Vaccination in Bombay 1874-1876 - 1874-1876
Year: 1874
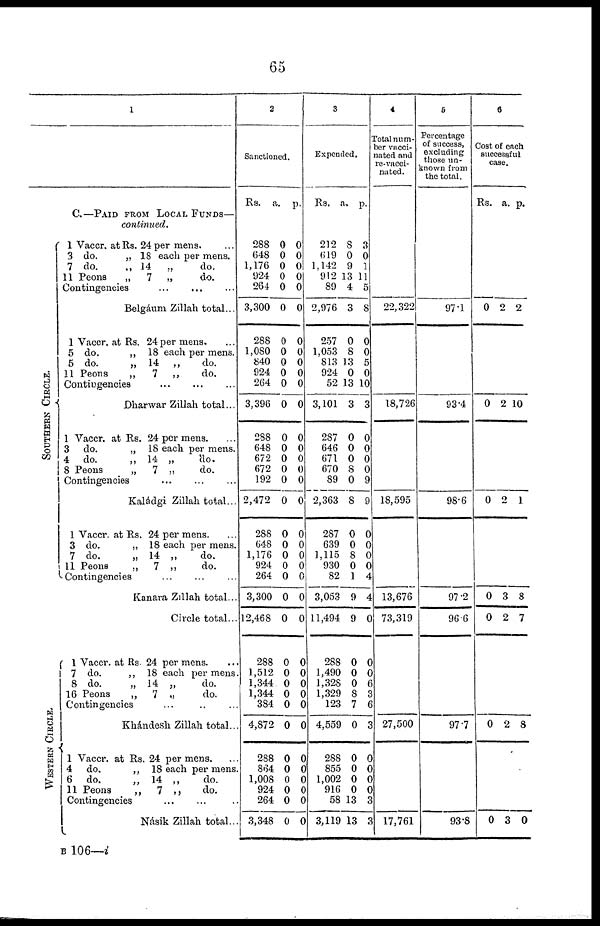
65
1
C.—PAID FROM LOCAL FUNDS—
continued.
SOUTHERN CIRCLE.
1 Vaccr. at Rs. 24 per mens.
3 do.
„ 18 each per mens.
7 do.
„ 14
„
do.
11 Peons
„
7 „
do.
Contingencies ... ... ...
Belgáum Zillah total...
1 Vaccr. at Rs. 24 per mens.
5 do.
„ 18 each per mens.
5 do.
„ 14 „
do.
11 Peons
„
7 „
do.
Contingencies
...
...
...
Dharwar Zillah total...
1 Vaccr. at Rs. 24 per mens.
3 do.
„ 18 each per mens.
4 do.
„ 14 „
do.
8 Peons
„
7 „
do.
Contingencies
Kaládgi Zillah total...
1 Vaccr. at Rs. 24 per mens.
3 do.
„ 18 each per mens.
7 do.
„ 14 „
do.
11 Peons
„
7 „
do.
Contingencies ... ... ...
Kanara Zillah total...
Circle total...
WESTERN CIRCLE.
1 Vaccr. at Rs. 24 per mens. ...
7 do.
„ 18 each per mens
8 do.
„ 14 „
do.
16 Peons
„
7 „
do.
Contingencies ... ... ...
Khándesh Zillah total..
1 Vaccr. at Rs. 24 per mens.
4 do.
„ 18 each per mens
6 do,
„ 14 „
do.
11 Peons
„
7 „
do.
Contingencies
...
...
...
Násik Zillah total..
2
Sanctioned.
Rs.
288
648
1,176
924
264
3,300
288
1,080
840
924
264
3,396
288
648
672
672
192
2,472
288
648
1,176
924
264
3,300
12,468
288
1,512
1,344
1,344
384
4,872
288
864
1,008
924
264
3,348
a.
0
0
0
0
0
0
0
0
0
0
0
0
0
0
0
0
0
0
0
0
0
0
0
0
0
0
0
0
0
0
0
0
0
0
0
0
0
p.
0
0
0
0
0
0
0
0
0
0
0
0
0
0
0
0
0
0
0
0
0
0
0
0
0
0
0
0
0
0
0
0
0
0
0
0
0
3
Expended.
Rs.
212
619
1,142
912
89
2,976
257
1,053
813
924
52
3,101
287
646
671
670
89
2,363
287
639
1,115
930
82
3,053
11,494
288
1,490
1,328
1,329
123
4,559
288
855
1,002
916
58
3,119
a.
8
0
9
13
4
3
0
8
13
0
13
3
0
0
0
8
0
8
0
0
8
0
1
9
9
0
0
0
8
7
0
0
0
0
0
13
13
p.
3
0
1
11
5
8
0
0
5
0
10
3
0
0
0
0
9
9
0
0
0
0
4
4
0
0
0
6
3
6
3
0
0
0
0
3
3
4
Total num¬
ber vacci¬
nated and
re-vacci¬
nated.
22,322
18,726
18,595
13,676
73,319
27,500
17,761
5
Percentage
of success,
excluding
those un-
known from
the total.
97.1
93.4
98.6
97.2
96.6
97.7
93.8
6
Cost of each
successful
case.
Rs.
0
0
0
0
0
0
0
a.
0
2
0
3
2
2
3
p.
2
10
1
8
7
8
0
B 106—i